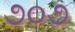
૭૦૭